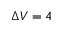
\Delta V = 4